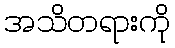
အသိတရားကို